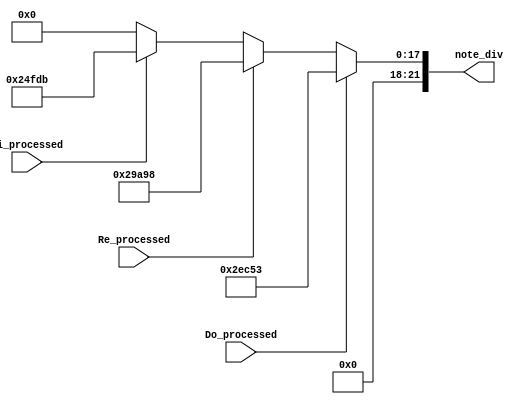
`timescale 1ns / 1ps
//////////////////////////////////////////////////////////////////////////////////
// Company: 
// Engineer: 
// 
// Design Name: 
// Module Name: note_decoder
// Project Name: 
// Target Devices: 
// Tool Versions: 
// Description: 
// 
// Dependencies: 
// 
// Revision:
// Revision 0.01 - File Created
// Additional Comments:
// 
//////////////////////////////////////////////////////////////////////////////////


module note_decoder(Do_processed, Re_processed, Mi_processed, note_div);
    input Do_processed, Re_processed, Mi_processed;
    output [21:0] note_div;
    
    reg [21:0] note_div;
    
    always @* begin
        if(Do_processed == 1'b1)
            note_div = 22'd191571;
        else if(Re_processed == 1'b1)
            note_div = 22'd170648;
        else if(Mi_processed == 1'b1)
            note_div = 22'd151515;
        else
            note_div = 22'd0;
    end
endmodule